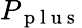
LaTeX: P_{\mathrm{~p~l~u~s~}}